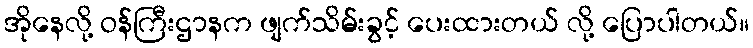
အိုနေလို့ ဝန်ကြီးဌာနက ဖျက်သိမ်းခွင့် ပေးထားတယ် လို့ ပြောပါတယ်။